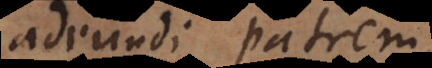
adeundi patrem,